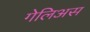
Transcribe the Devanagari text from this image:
गेलिअस